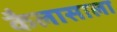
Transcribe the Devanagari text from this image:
कैलासाला